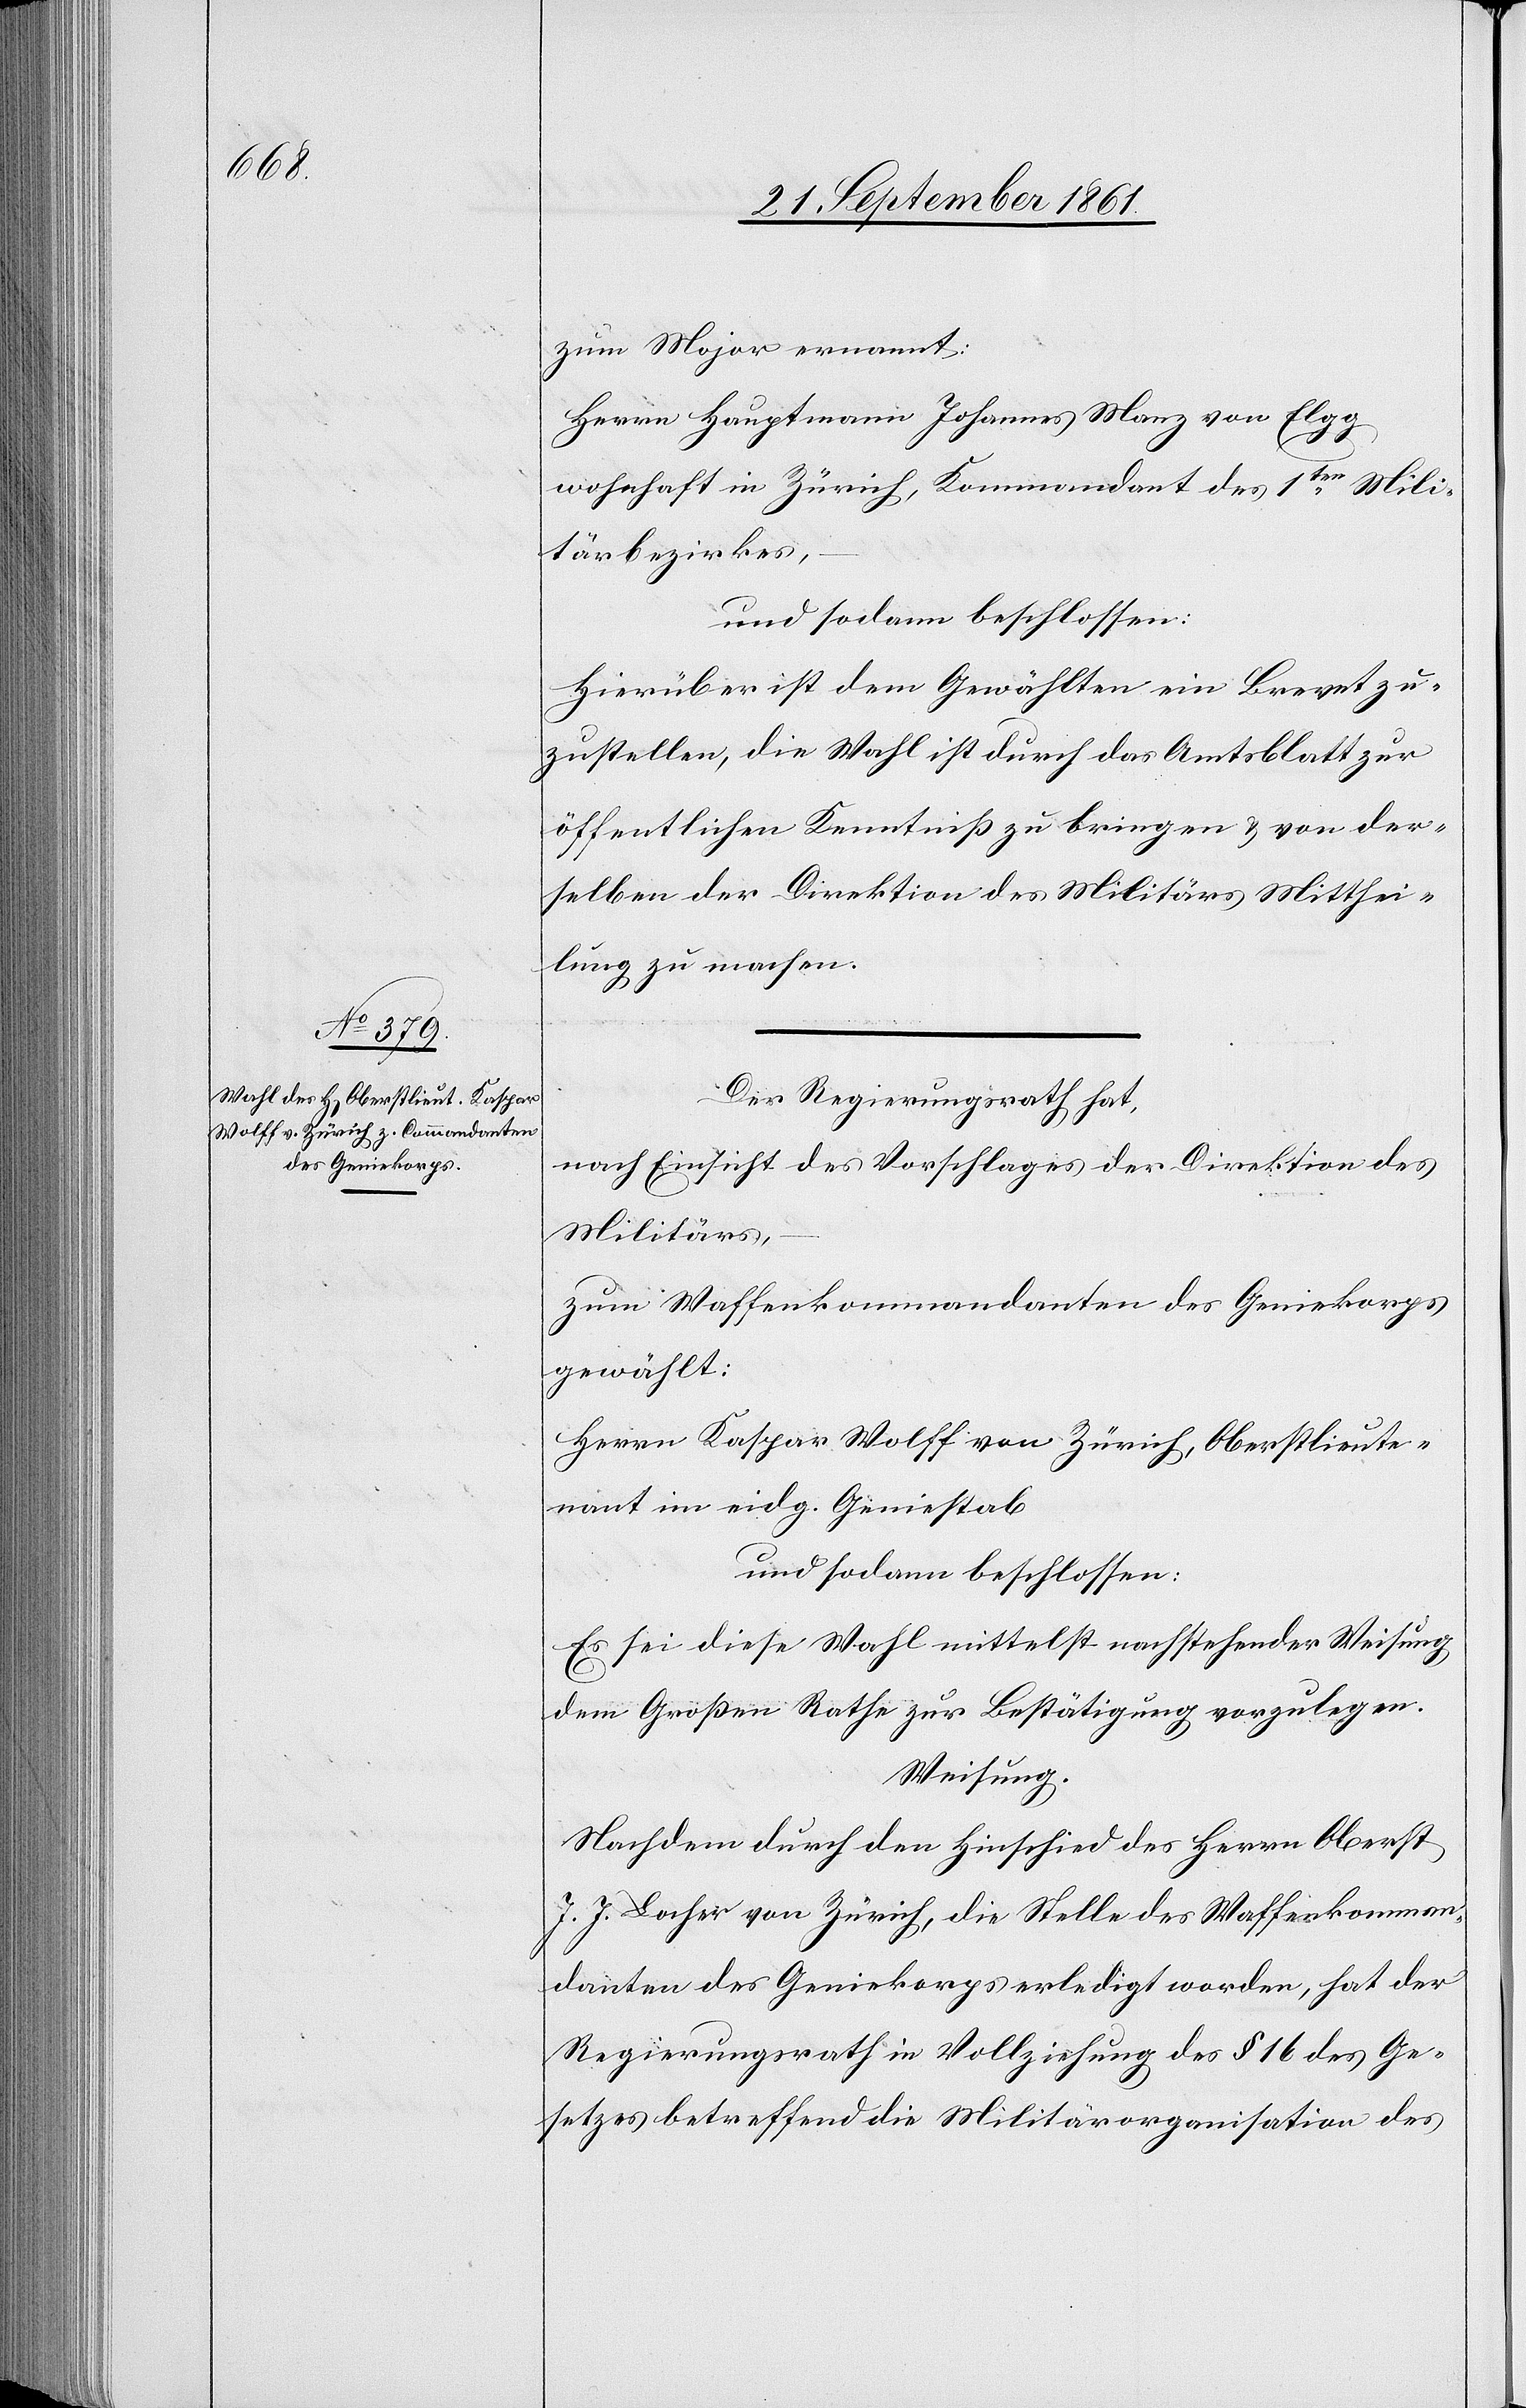
zum Major ernannt:
Herrn Hauptmann Johannes Manz von Elgg
wohnhaft in Zürich, Kommandant des 1ten Mili¬
tärbezirkes,
und sodann beschlossen:
Hierüber ist dem Gewählten ein Brevet zu¬
zustellen, die Wahl ist durch das Amtsblatt zur
öffentlichen Kenntniß zu bringen u. von der¬
selben der Direktion des Militärs Mitthei¬
lung zu machen.
Der Regierungsrath hat,
nach Einsicht des Vorschlages der Direktion des
Militärs,
zum Waffenkommandanten des Geniekorps
gewählt:
Herr Kaspar Wolff von Zürich, Oberstlieut¬
nant im eidg. Geniestab
und sodann beschlossen:
Es sei diese Wahl mittelst nachstehender Weisung,
dem Großen Rathe zur Bestätigung vorzulegen.
Weisung.
Nachdem durch den Hinschied des Herrn Oberst
J. J. Locher von Zürich, die Stelle des Waffenkomman¬
danten des Geniekorps erledigt worden, hat der
Regierungsrath in Vollziehung des § 16 des Ge¬
setzes betreffend die Militärorganisation des